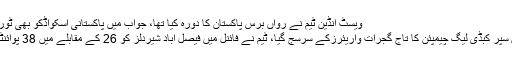
ویسٹ انڈین ٹیم نے رواں برس پاکستان کا دورہ کیا تھا، جواب میں پاکستانی اسکواڈکو بھی ٹور کرنا تھا، …
لاہور: پاکستان سپر کبڈی لیگ چیمپئن کا تاج گجرات واریئرزکے سرسج گیا، ٹیم نے فائنل میں فیصل آباد شیردلز کو 26 کے مقابلے میں 38 پوائنٹس سے ہرادیا۔